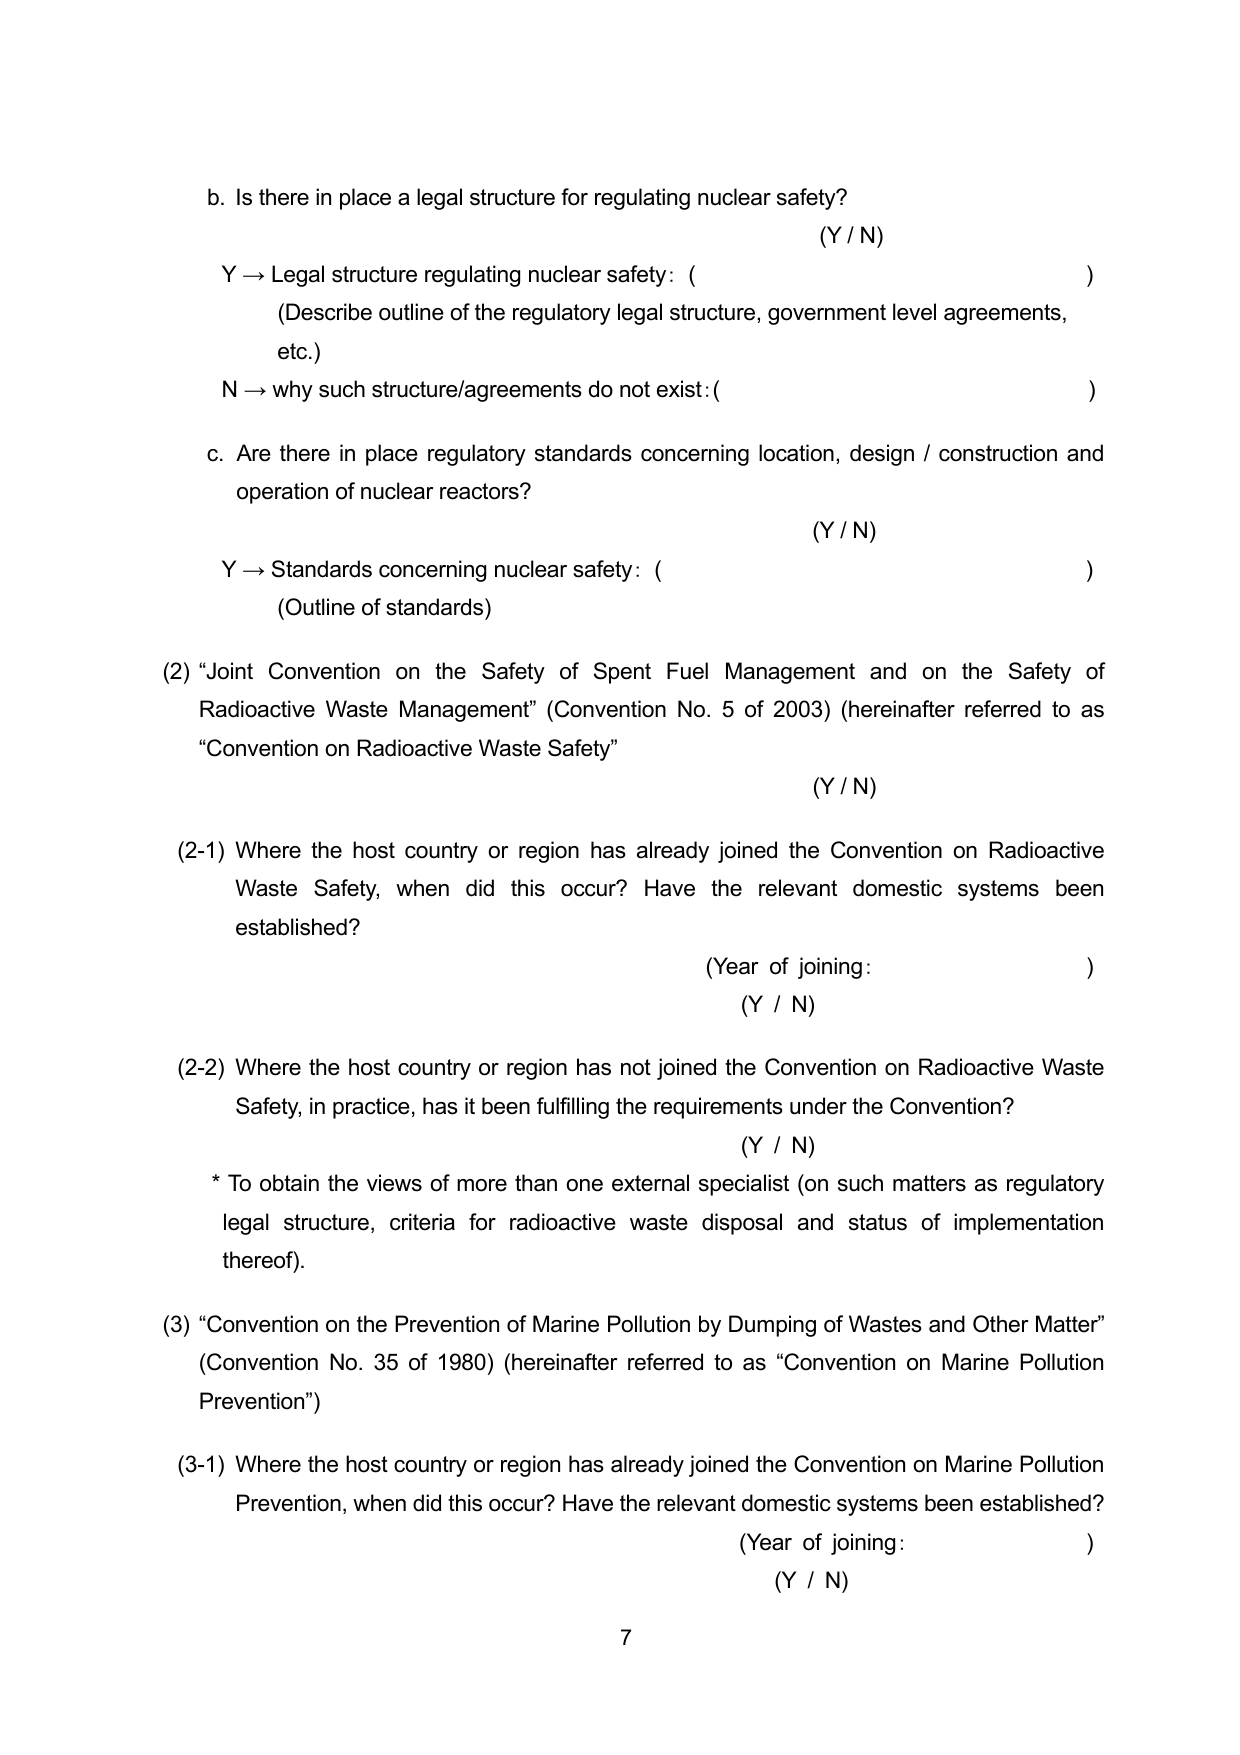
b. Is there in place a legal structure for regulating nuclear safety?
(Y / N)
Y → Legal structure regulating nuclear safety: ( )
(Describe outline of the regulatory legal structure, government level agreements, etc.)
N → why such structure/agreements do not exist: ( )

c. Are there in place regulatory standards concerning location, design / construction and operation of nuclear reactors?
(Y / N)
Y → Standards concerning nuclear safety: ( )
(Outline of standards)

(2) “Joint Convention on the Safety of Spent Fuel Management and on the Safety of Radioactive Waste Management” (Convention No. 5 of 2003) (hereinafter referred to as “Convention on Radioactive Waste Safety”)
(Y / N)

(2-1) Where the host country or region has already joined the Convention on Radioactive Waste Safety, when did this occur? Have the relevant domestic systems been established?
(Year of joining: )
(Y / N)

(2-2) Where the host country or region has not joined the Convention on Radioactive Waste Safety, in practice, has it been fulfilling the requirements under the Convention?
(Y / N)
* To obtain the views of more than one external specialist (on such matters as regulatory legal structure, criteria for radioactive waste disposal and status of implementation thereof).

(3) “Convention on the Prevention of Marine Pollution by Dumping of Wastes and Other Matter” (Convention No. 35 of 1980) (hereinafter referred to as “Convention on Marine Pollution Prevention”)

(3-1) Where the host country or region has already joined the Convention on Marine Pollution Prevention, when did this occur? Have the relevant domestic systems been established?
(Year of joining: )
(Y / N)

7